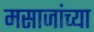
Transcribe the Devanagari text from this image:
मसाजांच्या